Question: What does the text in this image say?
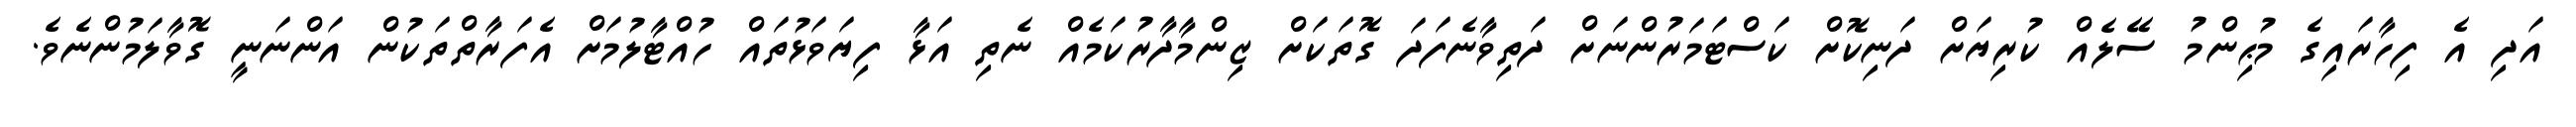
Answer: އަދި އެ ފިހާރައިގެ މުޙިންމު ސޭލެއް ކުރިޔަށް ދަނިކޮށް ކަސްޓަމަރުންނަށް ދަތިވާނެފަދަ ގޮތަކަށް ޒިންމާދާރުކަމެއް ނެތި އަޅާ ފިޔަވަޅުތައް ހުއްޓާލުމަށް އެފަރާތްތަކުން އަންނަނީ ގޮވާލަމުންނެވެ.